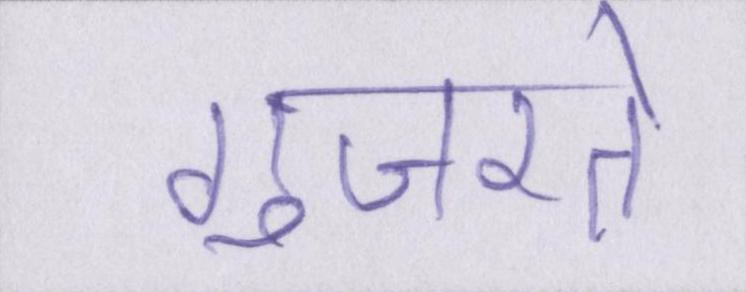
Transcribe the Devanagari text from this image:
गुजरते